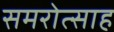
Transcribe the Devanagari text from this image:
समरोत्साह